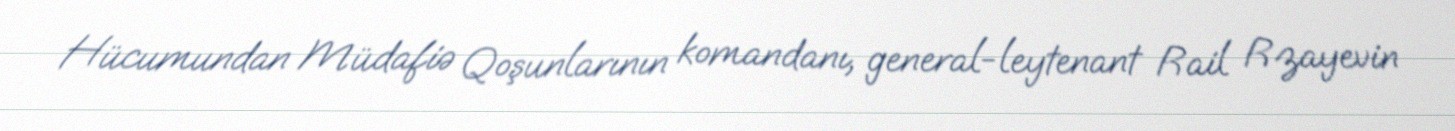
Hücumundan Müdafiə Qoşunlarının komandanı, general-leytenant Rail Rzayevin